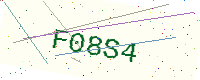
Text: F08S4